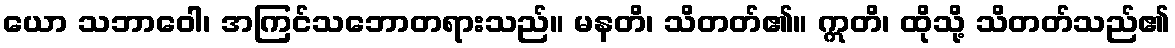
ယော သဘာဝေါ၊ အကြင်သဘောတရားသည်။ မနတိ၊ သိတတ်၏။ ဣတိ၊ ထိုသို့ သိတတ်သည်၏